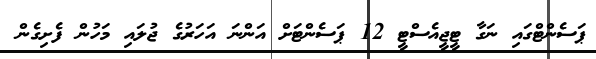
ޕަސެންޓްގައި ނަގާ ޓީޖީއެސްޓީ 12 ޕަސެންޓަށް އަންނަ އަހަރުގެ ޖުލައި މަހުން ފެށިގެން